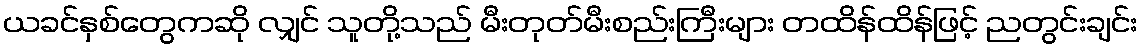
ယခင်နှစ်တွေကဆို လျှင် သူတို့သည် မီးတုတ်မီးစည်းကြီးများ တထိန်ထိန်ဖြင့် ညတွင်းချင်း